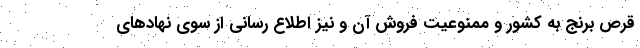
قرص برنج به کشور و ممنوعیت فروش آن و نیز اطلاع رسانی از سوی نهادهای